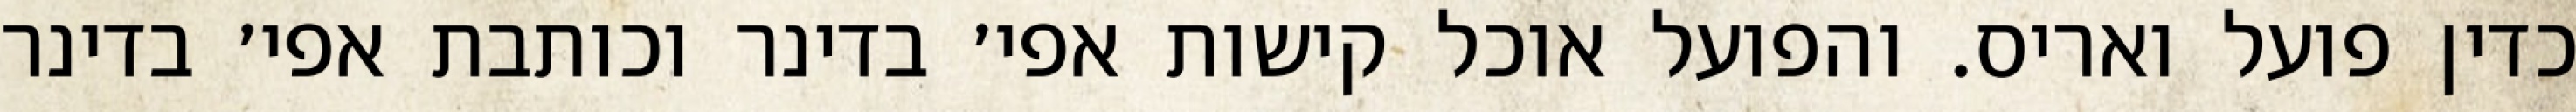
כדין פועל ואריס. והפועל אוכל קישות אפי׳ בדינר וכותבת אפי׳ בדינר